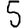
Digit: 5